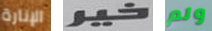
الإنارة خير ولم